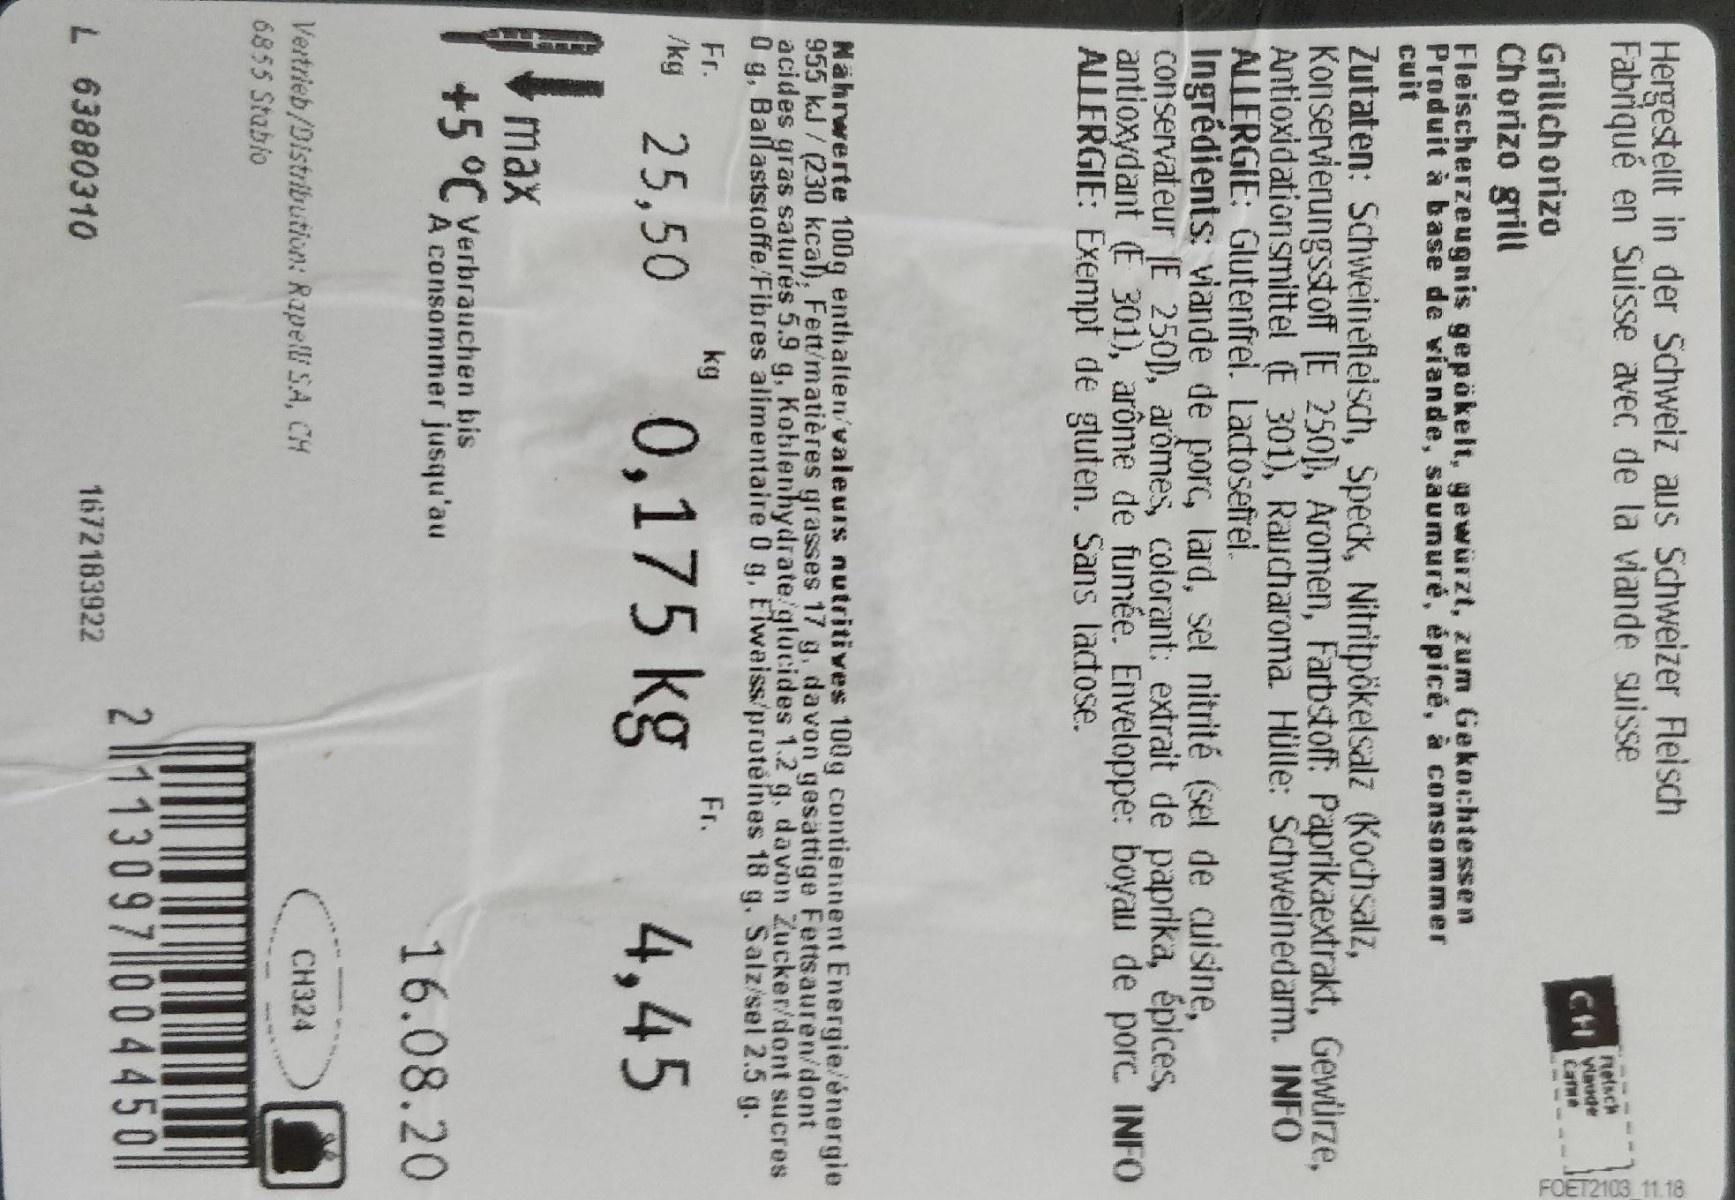
FOET2103 11.18
Hergestellt in der Schweiz aus Schweizer Fleisch Fabriqué en Suisse avec de la viande suisse
Relsch
CH Waude Canme
Grillich orizo Chorizo grill
Fleischerzeugnis gepökelt, gewürzt, zum Gekochtessen Produit à base de viande, saumuré, épicé, à consommer cuit
Zutaten: Schweinefleisch, Speck, Nitritpökelsalz (Kochsalz,
Antioxidationsmittel (E 301), Raucharoma. Hülle: Schweinedarm. INFO ALLERGIE: Glutenfrei. Lactosefrei. Ingrédients: viande de porc, lard, sel nitrité (sel de auisine, conservateur (E 250), arômes, colorant: extrait de paprika, épices, antioxydant (E 301), arôme de fumée. Enveloppe: boyau de por. INFO ALLERGIE: Exempt de gluten. Sans ladtose.
Nährwerte 100g enthalten/valeurs nutritives 100g contiennent Energie/énergie 955 kJ / (230 kcal), Fett/matières grasses 17 g. davon gesattige Fettsauren/dont acides gras saturés 5.9 g, Koblenhydrate glucides 1.2 g, davon Zucker/dont sucres 0 g, Ballaststoffe/Fibres alimentaire 0 g, Elwaiss/proteines 18 g. Salz/sel 2.5 g.
Fr. /kg
kg
Fr.
25,50
0,175 kg
4,45
max
+5 °C Yerbrauchen bis A consommer jusqu'au
16.08.20
Vertrieb/Distribution: Rapelli SA, CH 6855 Stabio
CH324
2 ||113097 004450
L 63880310
1672183922